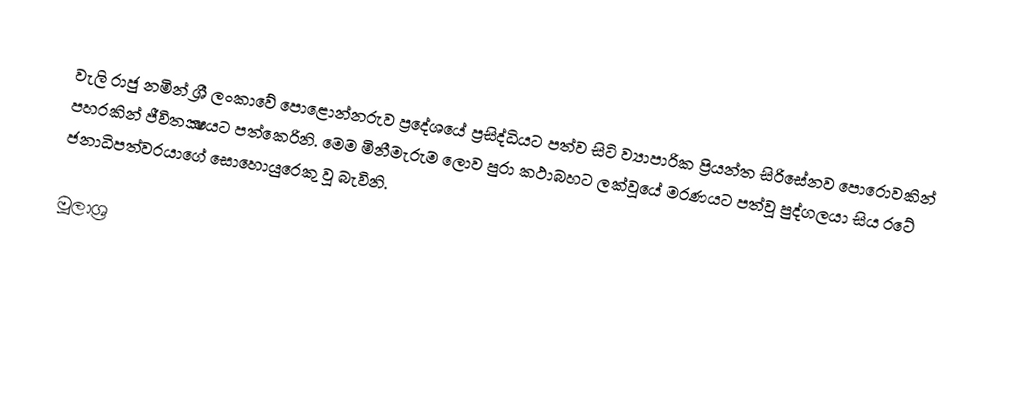
වැලි රාජු නමින් ශ්‍රී ලංකාවේ පොළොන්නරුව ප්‍රදේශයේ ප්‍රසිද්ධියට පත්ව සිටි ව්‍යාපාරික ප්‍රියන්ත සිරිසේනව පොරොවකින් පහරකින් ජීවිතක්‍ෂයට පත්කෙරිනි. මෙම මිනීමැරුම ලොව පුරා කථාබහට ලක්වූයේ මරණයට පත්වූ පුද්ගලයා සිය රටේ ජනාධිපත්වරයාගේ සොහොයුරෙකු වූ බැවිනි.

මූලාශ්‍ර